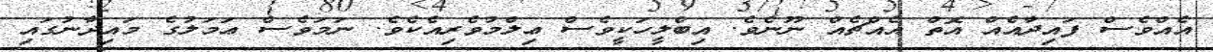
އެއްވެސް ފައިދާއެއް އޮތް އެއްޗެއް ނޫނެވެ. އިބްލީހަކީވެސް ޢިލްމުވެރިއެކެވެ. ނަަމަވެސް ޢަމަލުގެ މައިދާނުގައި